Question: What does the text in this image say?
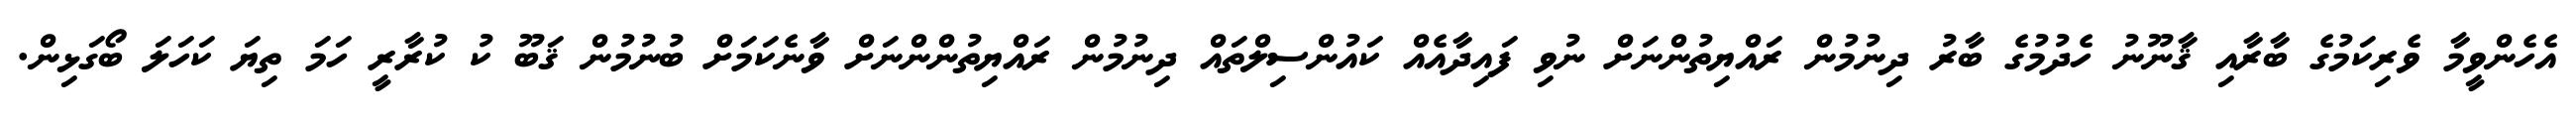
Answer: އެހެންވީމާ ވެރިކަމުގެ ބާރާއި ޤާނޫނު ހެދުމުގެ ބާރު ދިނުމުން ރައްޔިތުންނަށް ނުވި ފައިދާއެއް ކައުންސިލްތައް ދިނުމުން ރައްޔިތުންންނަށް ވާނެކަމަށް ބުނުމުން ޤަބޫ ކު ކުރާރީ ހަމަ ތިޔަ ކަހަލަ ބޯގަޅިން.